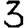
Digit: 3